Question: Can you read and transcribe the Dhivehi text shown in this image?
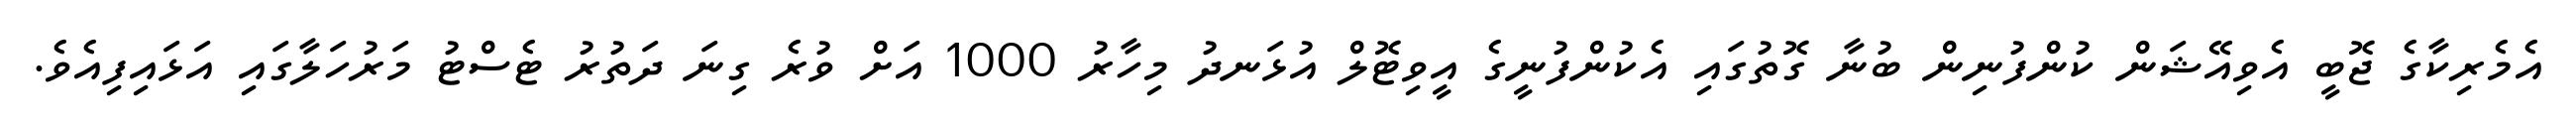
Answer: އެމެރިކާގެ ޖޮބީ އެވިއޭޝަން ކުންފުނިން ބުނާ ގޮތުގައި އެކުންފުނީގެ އީވިޓޮލް އުޅަނދު މިހާރު 1000 އަށް ވުރެ ގިނަ ދަތުރު ޓެސްޓު މަރުހަލާގައި އަޅައިފިއެވެ.